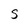
Character: S